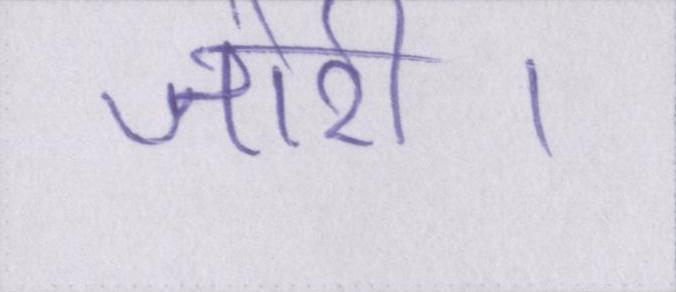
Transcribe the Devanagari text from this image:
जोरी।